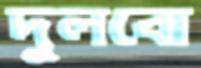
দুলবো